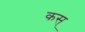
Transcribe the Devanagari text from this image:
कस्